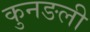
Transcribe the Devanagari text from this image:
कुनङली